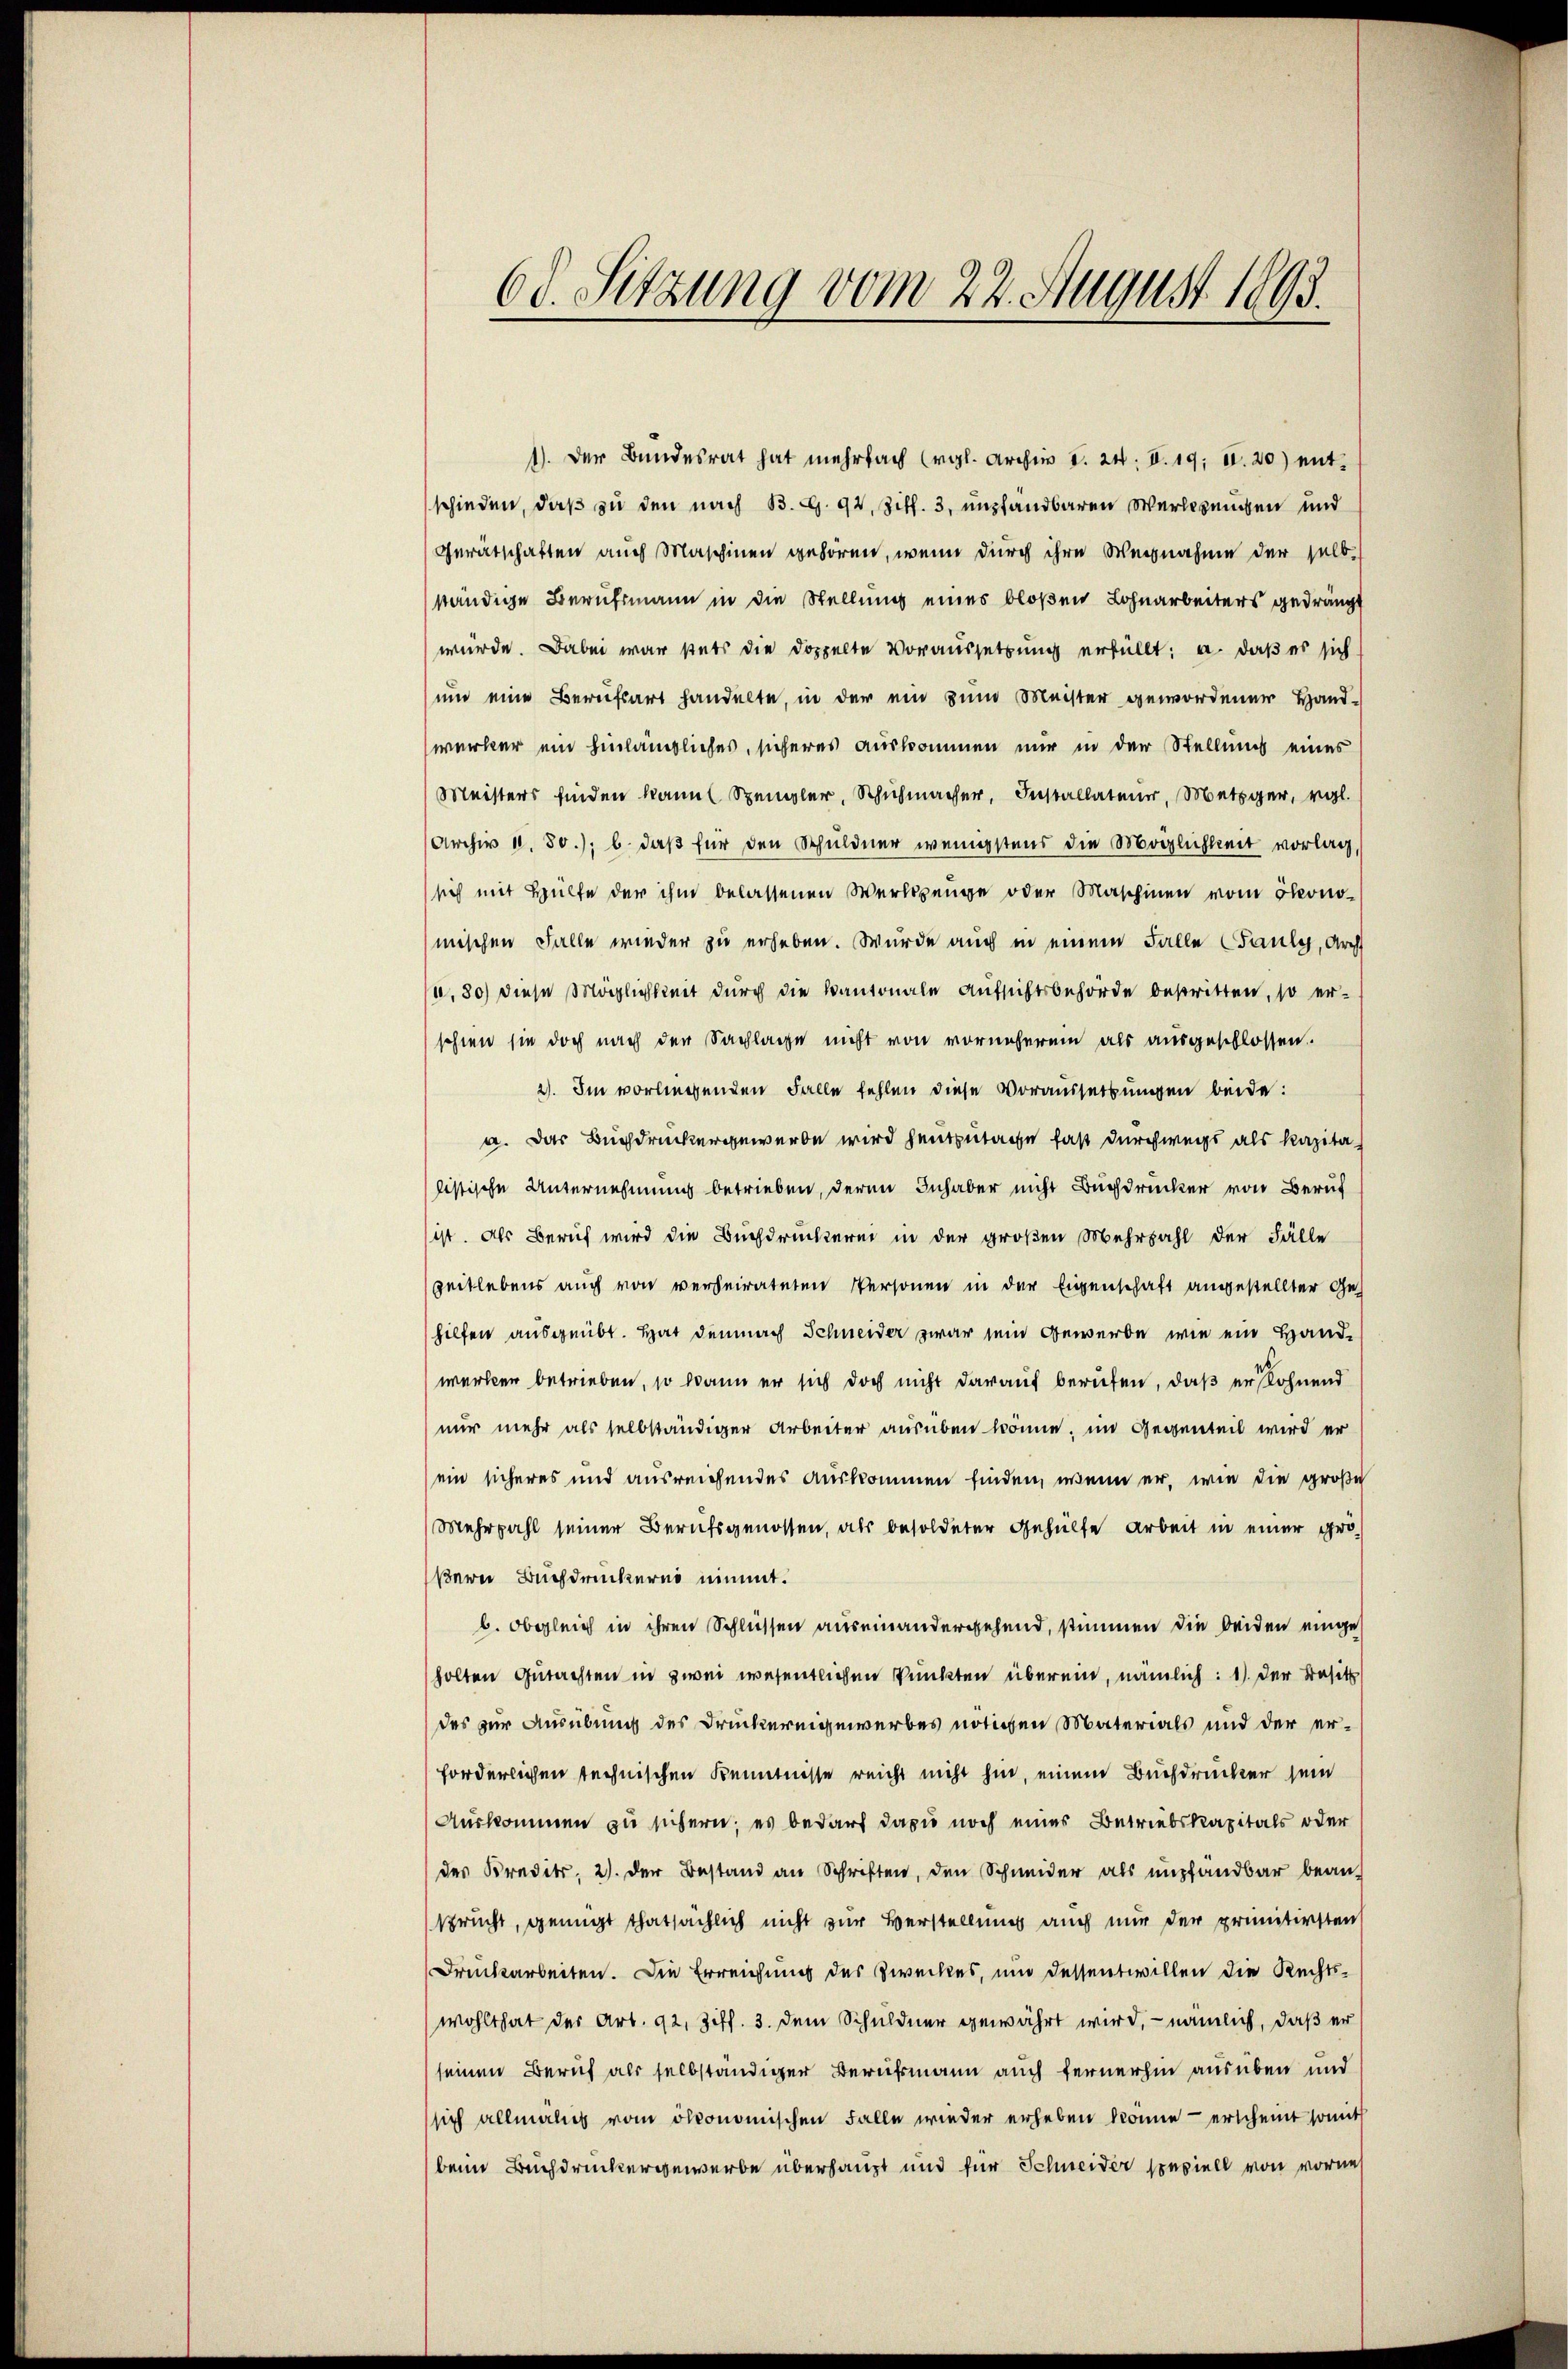
68. Sitzung vom 22. August 1893.

1). Der Bundesrat hat mehrfach (vgl. Archiv d. 24. II. 19. II. 20) entschieden, daß zu den nach B. G. 94, Ziff. 3, empfandbaren Werkzeugen und
Gerätschaften auch Maschinen gehören, wenn durch ihre Wegnahme der selb
ständige Berufsmann in die Stellung eines bloßen Lohnarbeiters gedrängt
würde. Dabei war stets die doppelte Voraussetzung erfüllt: a. daß es sich
und eine Berufsart handelte, in der ein zum Meister gewordener Hand-
werker ein hinlängliches, sicheres auskommen nur in der Stellung eines
Meisters finden kann Spengler, Schuhmacher, Installateur, Metzger, vgl.
(Archiv 11. 80.); b. daß für den Schuldner wenigstens die Möglichkeit vorlag
sich mit Hülfe der ihm belassenen Werkzeuge oder Maschinen vom ökono-
mischen Falle wieder zu erheben. Wurde auch in einem Falle (Sauly, Arch
,30) diese Möglichkeit durch die Kantonale Aufsichtsbehörde bestritten, so er-
schien sie doch nach der Sachlage nicht von vornehmen als ausgeschlossen.
2). Im vorliegenden Falle fehlen diese Voraussetzungen beide:
a. Das Buchdruckergewerbe wird heutzutage fast durchwegs als Kapitalistische Unternehmung betrieben, deren Inhaber nicht Buchdrucker von Beruf
ist. Als Beruf wird die Buchdruckerei in der großen Mehrzahl der Fälle
zeitlebens auch von verheirateten Personen in der Eigenschaft angestellter Gehilfen ausgeübt. Hat demnach Schneider zwar sein Gewerbe, wie ein Handwerken betrieben, so wann er sich doch nicht darauf berufen, daß er ohnend
nur mehr als selbständiger Arbeiter ausüben könne, im Gegenteil wird er
ein sicheres und ausreichendes Auskommen finden, wenn er, wie die große
Mehrzahl seiner Berufsgenossen, als besoldeter Gehülfe Arbeit in einer großern Buchdruckern nimmt.
b. Obgleich in ihren Schlüssen auseinandergehend, stimmen die beiden eingeholten Gutachten in zwei wesentlichen Punkten überein, nämlich: 1) der Besitz
des zur Ausübung des Druckereigewerbes nötigen Materials und der er-
forderlichen technischen Kenntnisse reicht nicht hin, einem Buchdrucker sein
Auskommen zu sichern; es bedarf dazu noch eines Betriebskapitals oder
des Kredit. 2). Der Bestand an Schriften, den Schneider als empfandbar beansprucht, genügt thatsächlich nicht zur Verstellung auch nur der primitirsten
Druckarbeiten. Die Erreichung des Zweckes, und dessentwillen die Rechts-
wohlthat der Art. 92, Ziff. 3. dem Schuldner gewährt wird, nämlich, daß er
seinen Beruf als selbständiger Berufsmann auch fernerhin ausüben und
sich allmälig vom ökonomischen Falle wieder erheben könne - erscheint somit
beim Buchdruckergewerbe überhaupt und für Schneider speziell von vorne